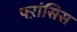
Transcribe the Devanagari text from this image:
फ्ऱांसिस